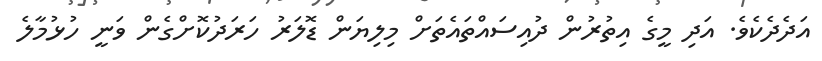
އަދެދެކެވެ. އަދި މީގެ އިތުރުން ދުއިސައްތައެތަށް މިލިޔަން ޑޮލަރު ހަރަދުކޮށްގެން ވަނީ ހުޅުމާލެ